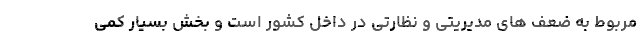
مربوط به ضعف های مدیریتی و نظارتی در داخل کشور است و بخش بسیار کمی